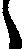
し